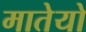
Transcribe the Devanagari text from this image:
मातेयो